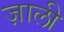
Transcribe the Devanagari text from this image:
ज़ाली